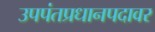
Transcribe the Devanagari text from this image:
उपपंतप्रधानपदावर